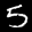
Label: 5